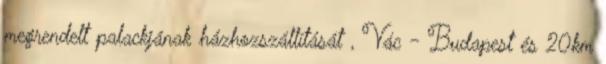
megrendelt palackjának házhozszállítását , Vác - Budapest és 20km